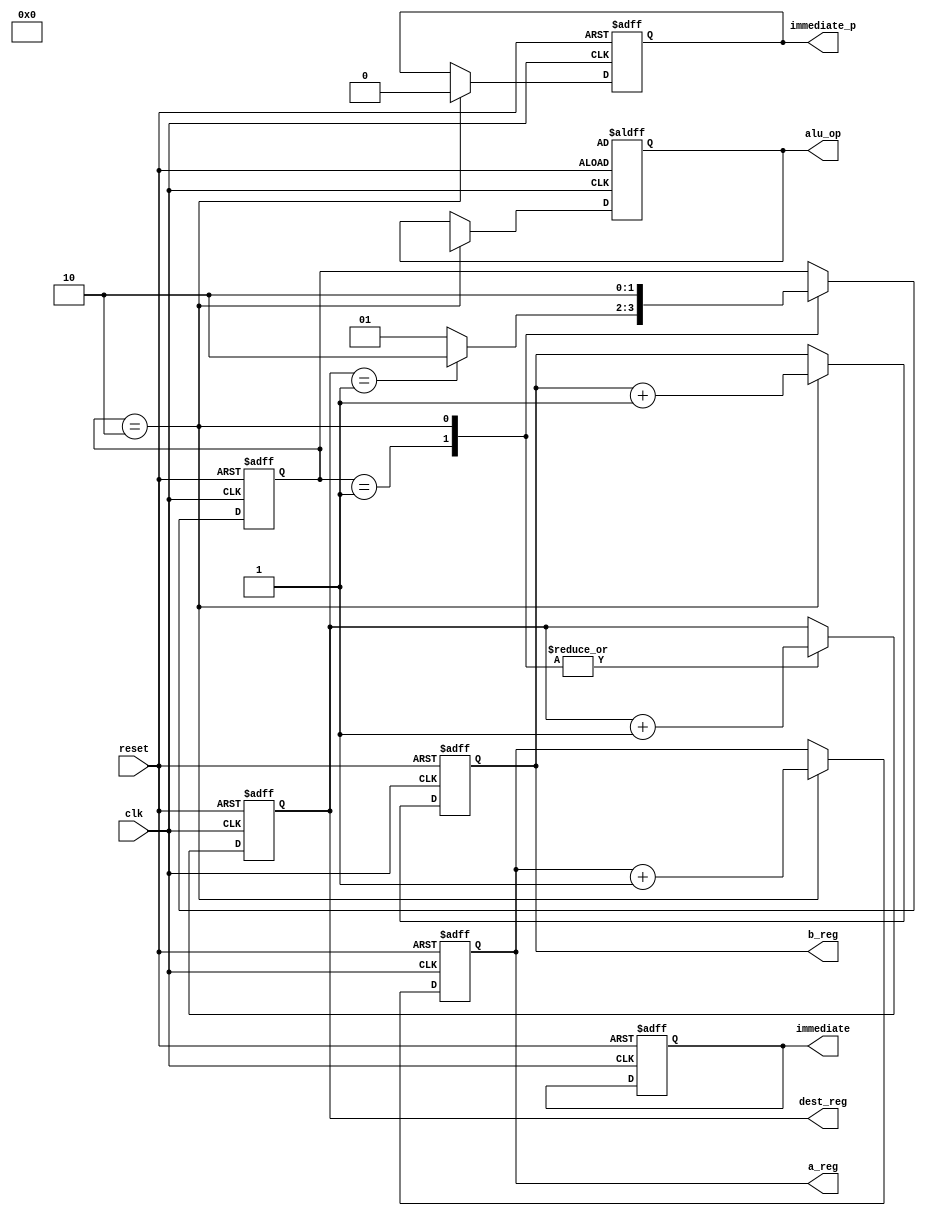
module logic_machine(
    input clk,
    input reset,
    output reg [2:0] a_reg,
    output reg [2:0] b_reg,
    output reg [2:0] dest_reg,
    output reg [15:0] immediate,
    output reg immediate_p,
    output reg [7:0] alu_op
    );

  localparam INIT = 2'b1;
  localparam RUN = 2'b10;
  
  reg [1:0] state = INIT;

  always @(posedge clk or posedge reset)
    if (reset)
      state <= INIT;
    else
      case (state)
        INIT: state <= dest_reg == 3'd1 ? RUN : INIT;
        RUN: state <= RUN;
      endcase


  always @(posedge clk or posedge reset)
    if (reset) begin
      a_reg <= 3'b0;
      b_reg <= 3'b1;
      dest_reg <= 3'b0;
      immediate <= 16'b1;
      immediate_p <= 1'b1;
      alu_op <= alu.OR;
    end
    else
      case (state)
        INIT: dest_reg <= dest_reg + 1'b1;
        RUN: begin
          a_reg <= a_reg + 1'b1;
          b_reg <= b_reg + 1'b1;
          dest_reg <= dest_reg + 1'b1;
          alu_op <= alu.ADD;
          immediate_p <= 1'b0;
        end
      endcase
    
endmodule